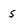
Character: S